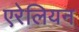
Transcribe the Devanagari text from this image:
एरेलियन